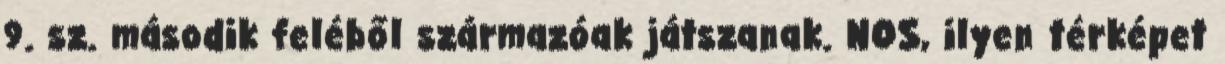
9. sz. második feléből származóak játszanak. NOS, ilyen térképet